Annual report of the Bengal Veterinary College and of the Civil Veterinary Department, Bengal, for the year 1911-1912 - 1911-1912
Year: 1911
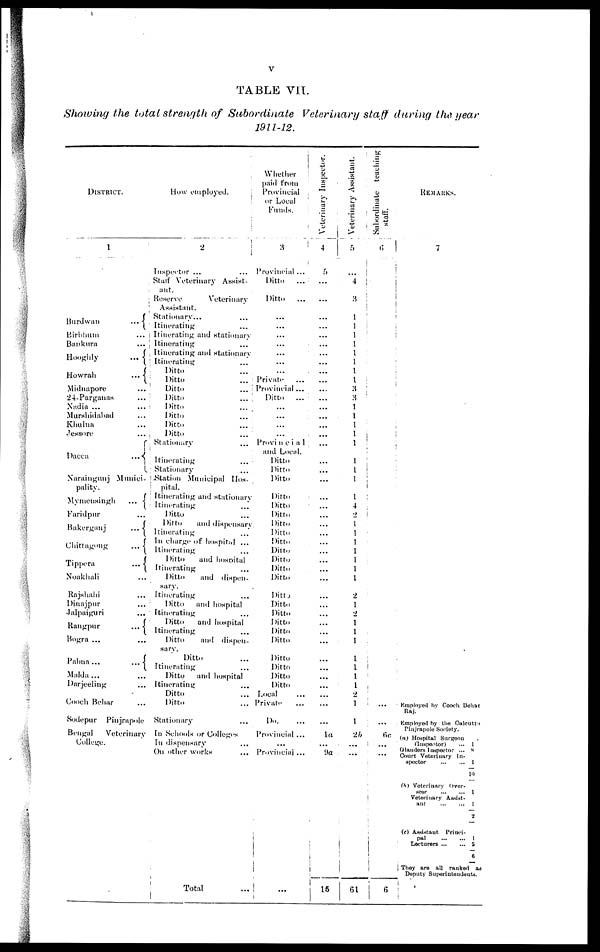
V
TABLE VII.
Showing the total strength of Subordinate Veterinary staff during the. year
1911-12.
DISTRICT.
1
Bundwan
…
Birbhum
…
Bankura
…
Hooghly…
Howrah
...
Midnapore …
24-Parganas …
Nadia ... …
Murshidabad …
Khulna …
Jessore …
Dacca
...
Naraingunj Munici-
pality.
Mymensingh
...
Faridpur …
Bakerganj
...
Chittagong
...
Tippera
...
Noakhali …
Rajshahi …
Dinajpur …
Jalpaiguri …
Rangpur
...
Bogra ... …
Pabua...
...
Malda... …
Darjeeling …
Cooch Behar …
Sodepur Piujrapole
Bengal
Veterinary
College.
How employed.
2
Inspector ...
Stalf Veterinary Assist-
ant.
Reserve
Veterinary
Assistant.
Stationary...
Itinerating
Itinerating and stationary
Itinerating…
Itinerating and stationary
Itinerating
Ditto
Ditto
Ditto
...
Ditto
...
Ditto
Ditto
Ditto
Ditto
Stationary …
Itinerating
...
Stationary
...
Station Municipal Hos-
pital.
Itinerating and stationary
Itinerating ...
Ditto
Ditto
and dispensary.
Itinerating
In charge of hospital ...
Itinerating
Ditto
and hosptal
Itinerating
Ditto
and dispen-
sary.
Itinerating
Ditto
and hospital
Itinerating
Ditto
and hospital
Itinerating
Ditto
and dispen-
sary.
Ditto
Itinerating
Ditto
and hospital
Itinerating
Ditto
Ditto
Stationary
In Schools or Colleges
In dispensary
On other works
...
|
Total
Whether
paid from
Provincial
or Local
Funds.
3
Provincial...
Ditto
...
Ditto
...
...
...
...
…
Private
Provincial...
Ditto
…
...
...
...
…
Provincial
and Lucal.
Ditto
Ditto
Ditto
Ditto
Ditto
Ditto
Ditto
Ditto
Ditto
Ditto
Ditto
Ditto
Ditto
Ditto
Ditto
Ditto
Ditto
Ditto
Ditto
Ditto
Ditto
Ditto
Ditto
Local
Private
Do.
…
Provincial...
...
Provinciai...
...
Veterinary Inspector.
4
5
...
...
...
...
...
...
...
...
...
...
...
...
...
...
...
...
...
...
...
..
...
...
...
...
...
...
...
...
...
...
...
...
...
...
la
…
9a
15
Veterinary Assistant.
5
4
3
i
1
1
1
1
1
1
l
3 3
1
1
1
1
1
1
1
1
i
l
4
2
1
1
1
1
1
1
1
2
l
2
1
1
1
1
1
1
1
2
1
1
26
…
61
Subordinate teaching
staff.
6
…
…
… …
…
…
…
…
…
…
…
…
…
…
…
…
…
…
…
…
…
…
…
…
…
…
…
…
…
…
…
…
…
…
…
…
…
…
…
…...
……
…...
… 6c
...
...
6
REMARKS.
7
Kmployed by Cooch Behar
Raj.
Kmployed by the Oalcutta
Piujrapole Society.
(a) Hospital Surgeon
(Inspector)
... 1
Ganders Inspector … 8
Court Veterinary In-
spector
1
10
(b) Veterinary Over-
seer
1
Veterinary Assist-
ant
1
2
(c) Assistant Princi-
pal
1
Lecturers
5
6
They are ail ranked as
Deputy Superintendents.